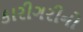
કારીગરીનો